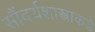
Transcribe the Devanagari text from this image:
सौंदर्यशास्त्राकडे